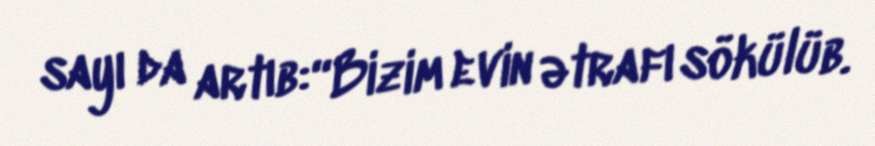
sayı da artıb:“Bizim evin ətrafı sökülüb.